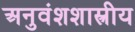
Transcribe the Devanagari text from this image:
अनुवंशशास्त्रीय